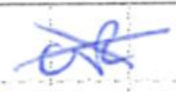
Text: of
Cross-out: cross
Writing tool: ballpoint